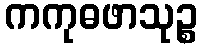
ကကုဓဖာသုဉ္စ